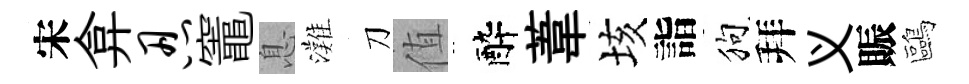
宋弇忍竈息灘刀值醉葦垓詣狗拜义賑鷗